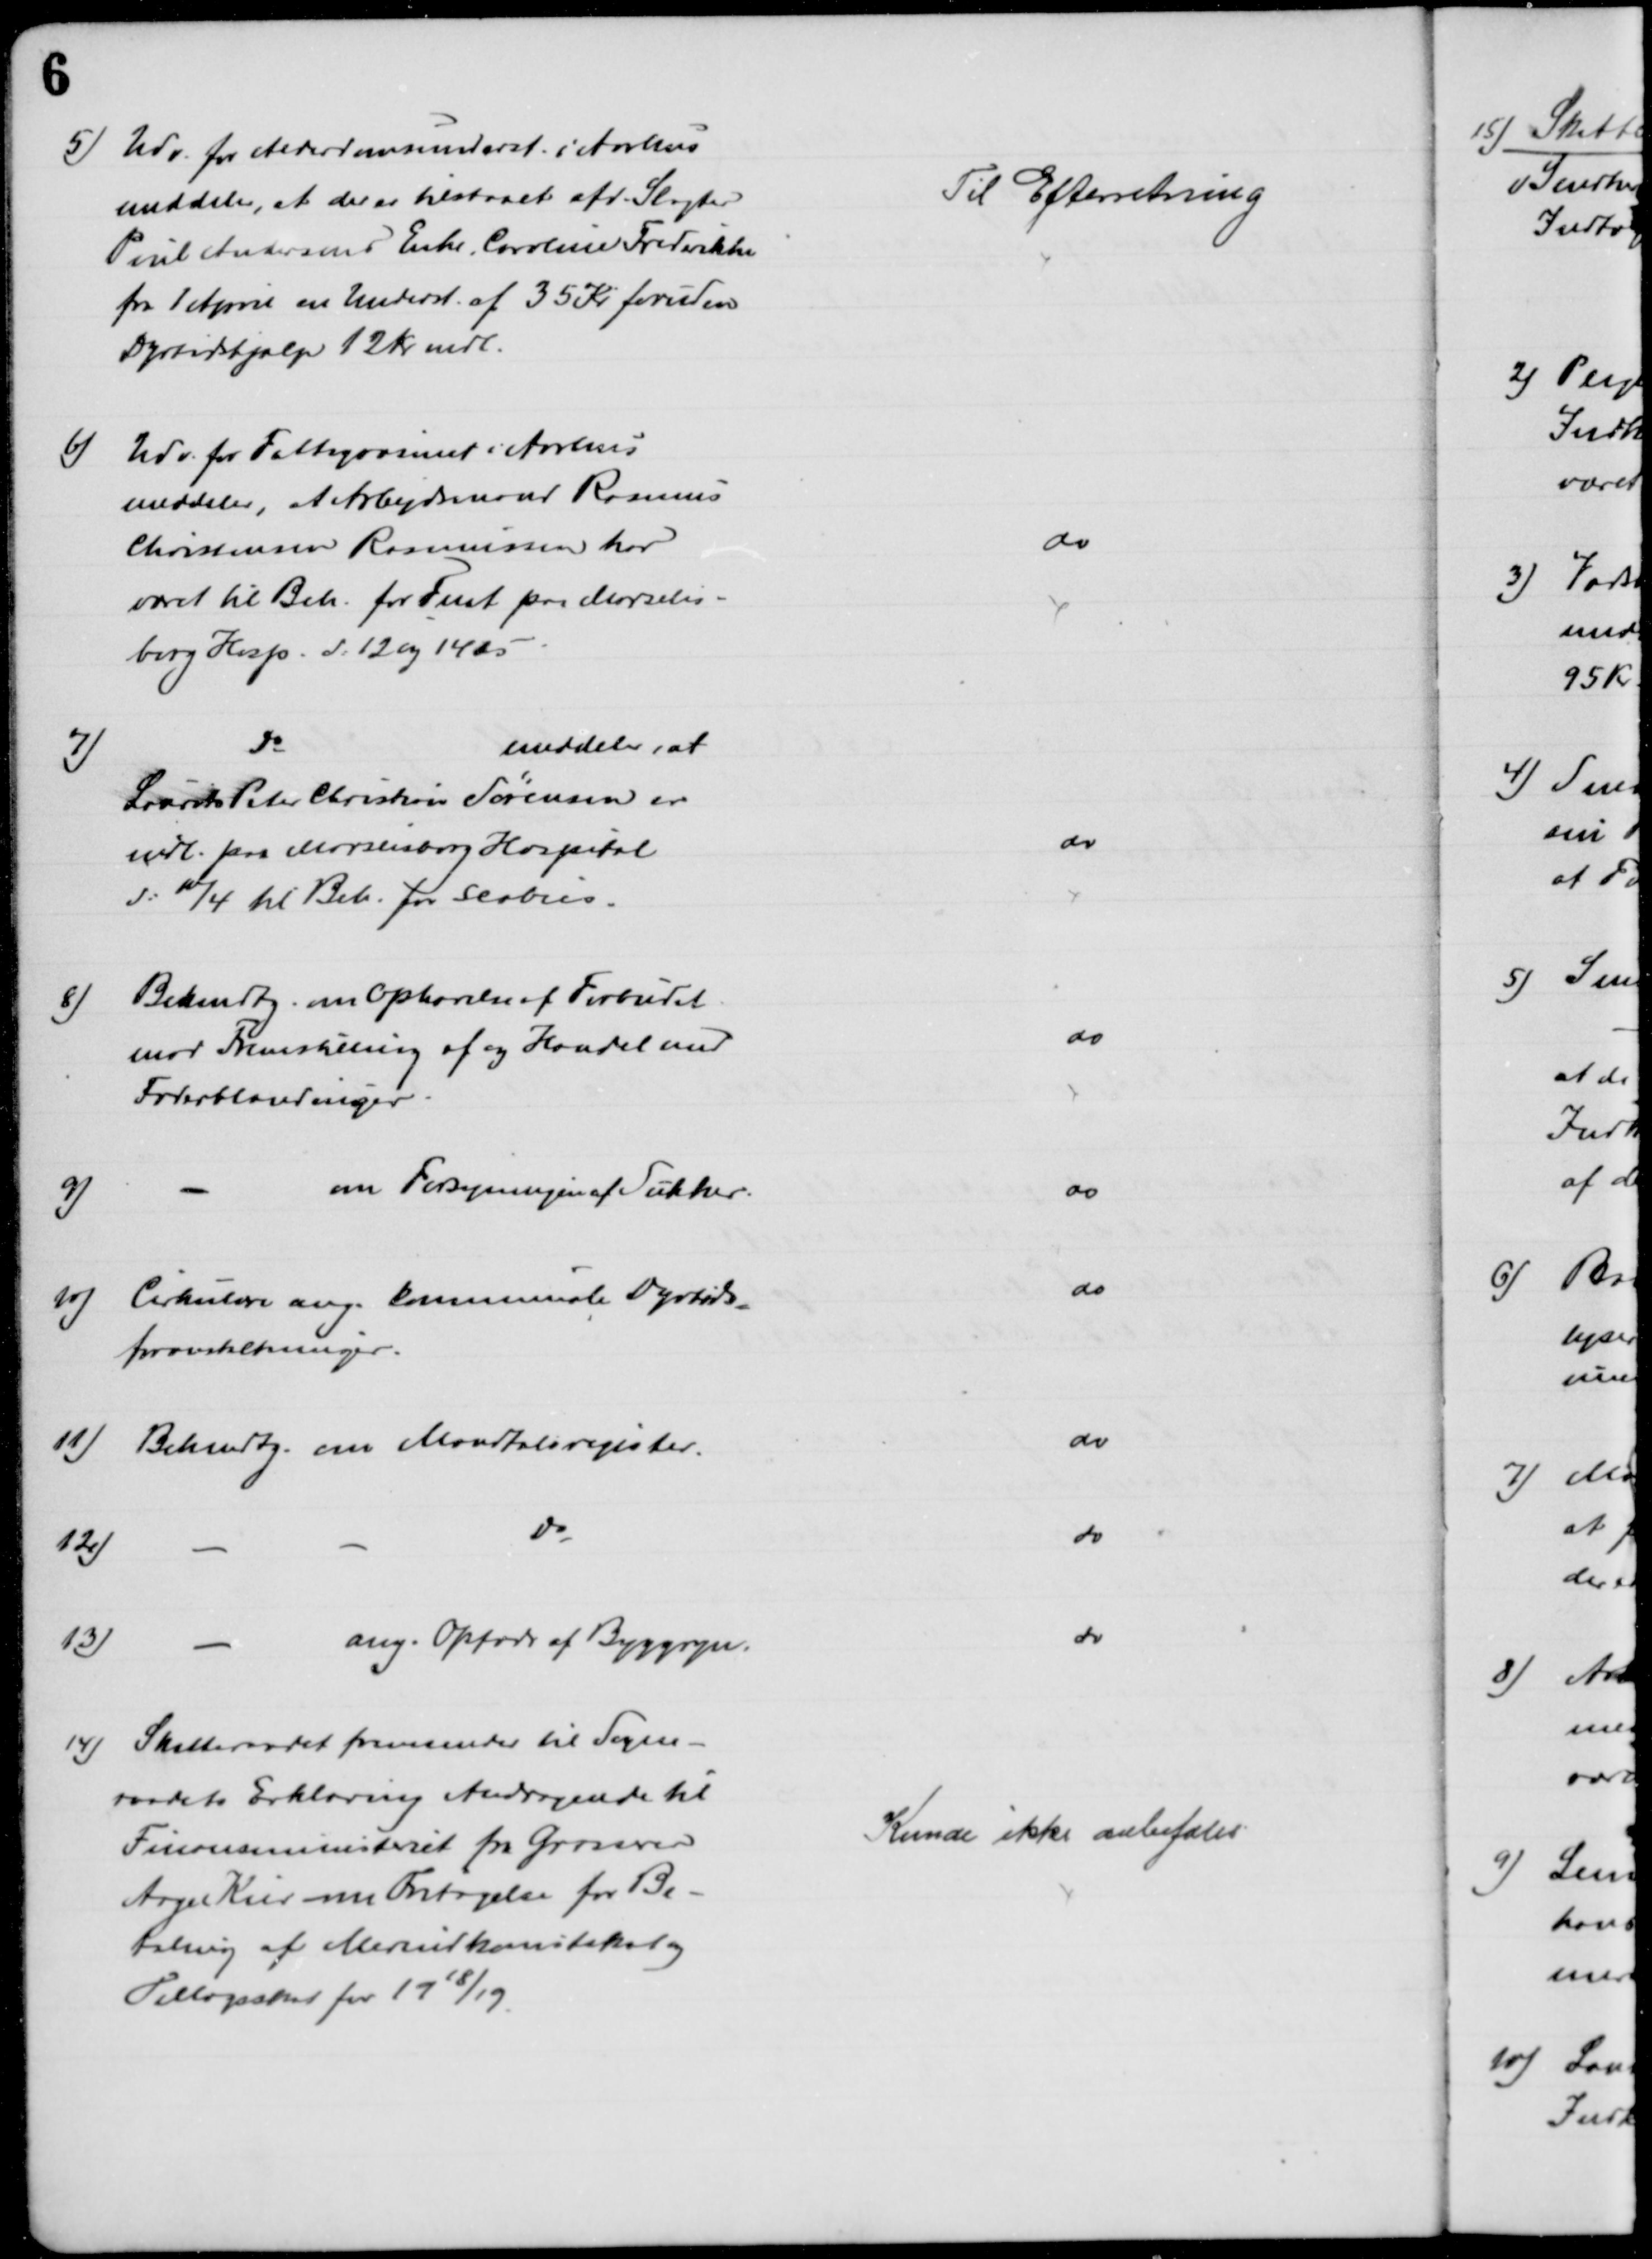
Transskription:
5) Udv. for Alderdomsunderst i Aarhus
meddeler, at der er tilstaaet afd. Slagter
Poul Andersens Enke, Caroline Frederikke
fra 1 April en Underst. af 35 Kr foruden
Dyrtidshjælp 12 Kr mdl.
Til Efterretning
6)
Udv. for Fattigvæsenet i Aarhus
meddeler, at Arbejdsmand Rasmus
Christensen Rasmussen har
været til Beh. for Fnat paa Marselis-
borg Hosp. d: 12 og 14 ds
do
7)
Do
meddeler, at
Laurits Peter Christian Sørensen er
indl. paa Marselisborg Hospital
d: 1/4 til Beh. for Scabies.
do
8) Bekendtg. om Ophævelse af Forbudet
mod Fremstilling af og Handel med
Foderblandinger
do
9)
om Forsyningen af Sukker.
do
10) Cirkulære ang. kommunale Dyrtids-
foranstaltninger.
do
11) Bekendtg. om Mandtalsregister.
do
12)
Do
do
13)
ang. Opfodr af Byggryn.
do
14) Skatteraadet fremsender til Sogne-
raadets Erklæring Andragende til
Finansministeret fra Grosserer
Aage Kier om Fritagelse for Be-
taling af Merindkomstskat og
Tillægsskat for 1918/19.
Kunde ikke anbefales